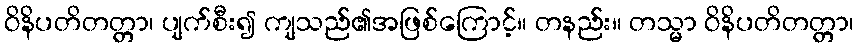
ဝိနိပတိတတ္တာ၊ ပျက်စီး၍ ကျသည်၏အဖြစ်ကြောင့်။ တနည်း။ တသ္မာ ဝိနိပတိတတ္တာ၊